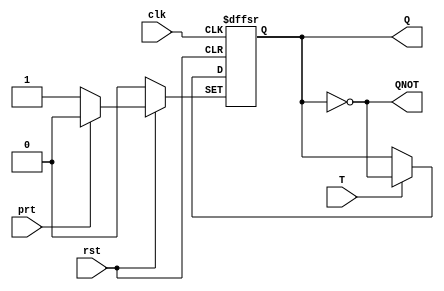
module t_flip_flop (T, clk, rst, prt, Q, QNOT);	//T flip-flop module
	
	input wire T,clk,prt,rst;	//inputs toggle, clock, preset, and reset
	output wire Q,QNOT;	//outputs Q and QNOT
	reg out;	//reg out for always block	
	
	always @ (posedge clk or negedge rst or negedge prt)	//always block depends of positive edge of the clock, negative edge of preset and reset
		if (~rst)begin	//if reset is low
			out <= 1'b0;	//out is a 0
		end	//end if
		else if (~prt)begin	//else if preset is low
			out <= 1'b1;	//out is a 1
		end	//end else if
		else if (T)begin	//else if toggle is a high
			out <= ~Q;	//Q is toggled
		end	//end else if
		else begin	//else toggle is low
			out <= Q;	//Q stays the same
		end
		
	assign Q=out;	//assigns out to Q
	assign QNOT=~Q;	//assigns ~Q to QNOT
	
endmodule	//end of module